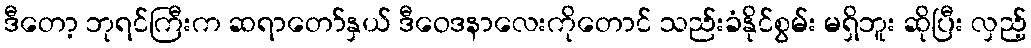
ဒီတော့ ဘုရင်ကြီးက ဆရာတော်နှယ် ဒီဝေဒနာလေးကိုတောင် သည်းခံနိုင်စွမ်း မရှိဘူး ဆိုပြီး လှည့်